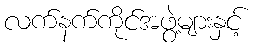
လက်နက်ကိုင်အဖွဲ့များနှင့်